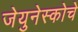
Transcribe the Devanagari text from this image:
जेयुनेस्कोचे